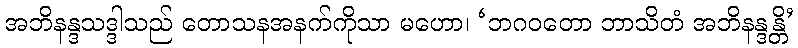
အဘိနန္ဒသဒ္ဒါသည် တောသနအနက်ကိုသာ မဟော၊ ‘ဘဂဝတော ဘာသိတံ အဘိနန္ဒန္တိ’